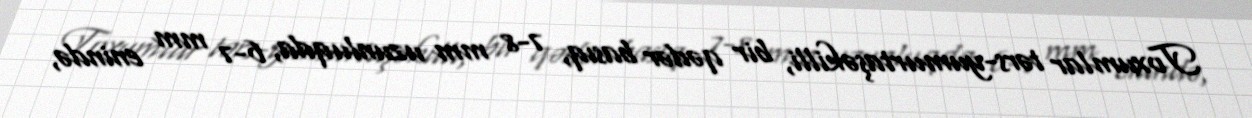
Toxumlar tərs-yumurtaşəkilli, bir qədər basıq, 7-8 mm uzunluqda, 6-7 mm enində,